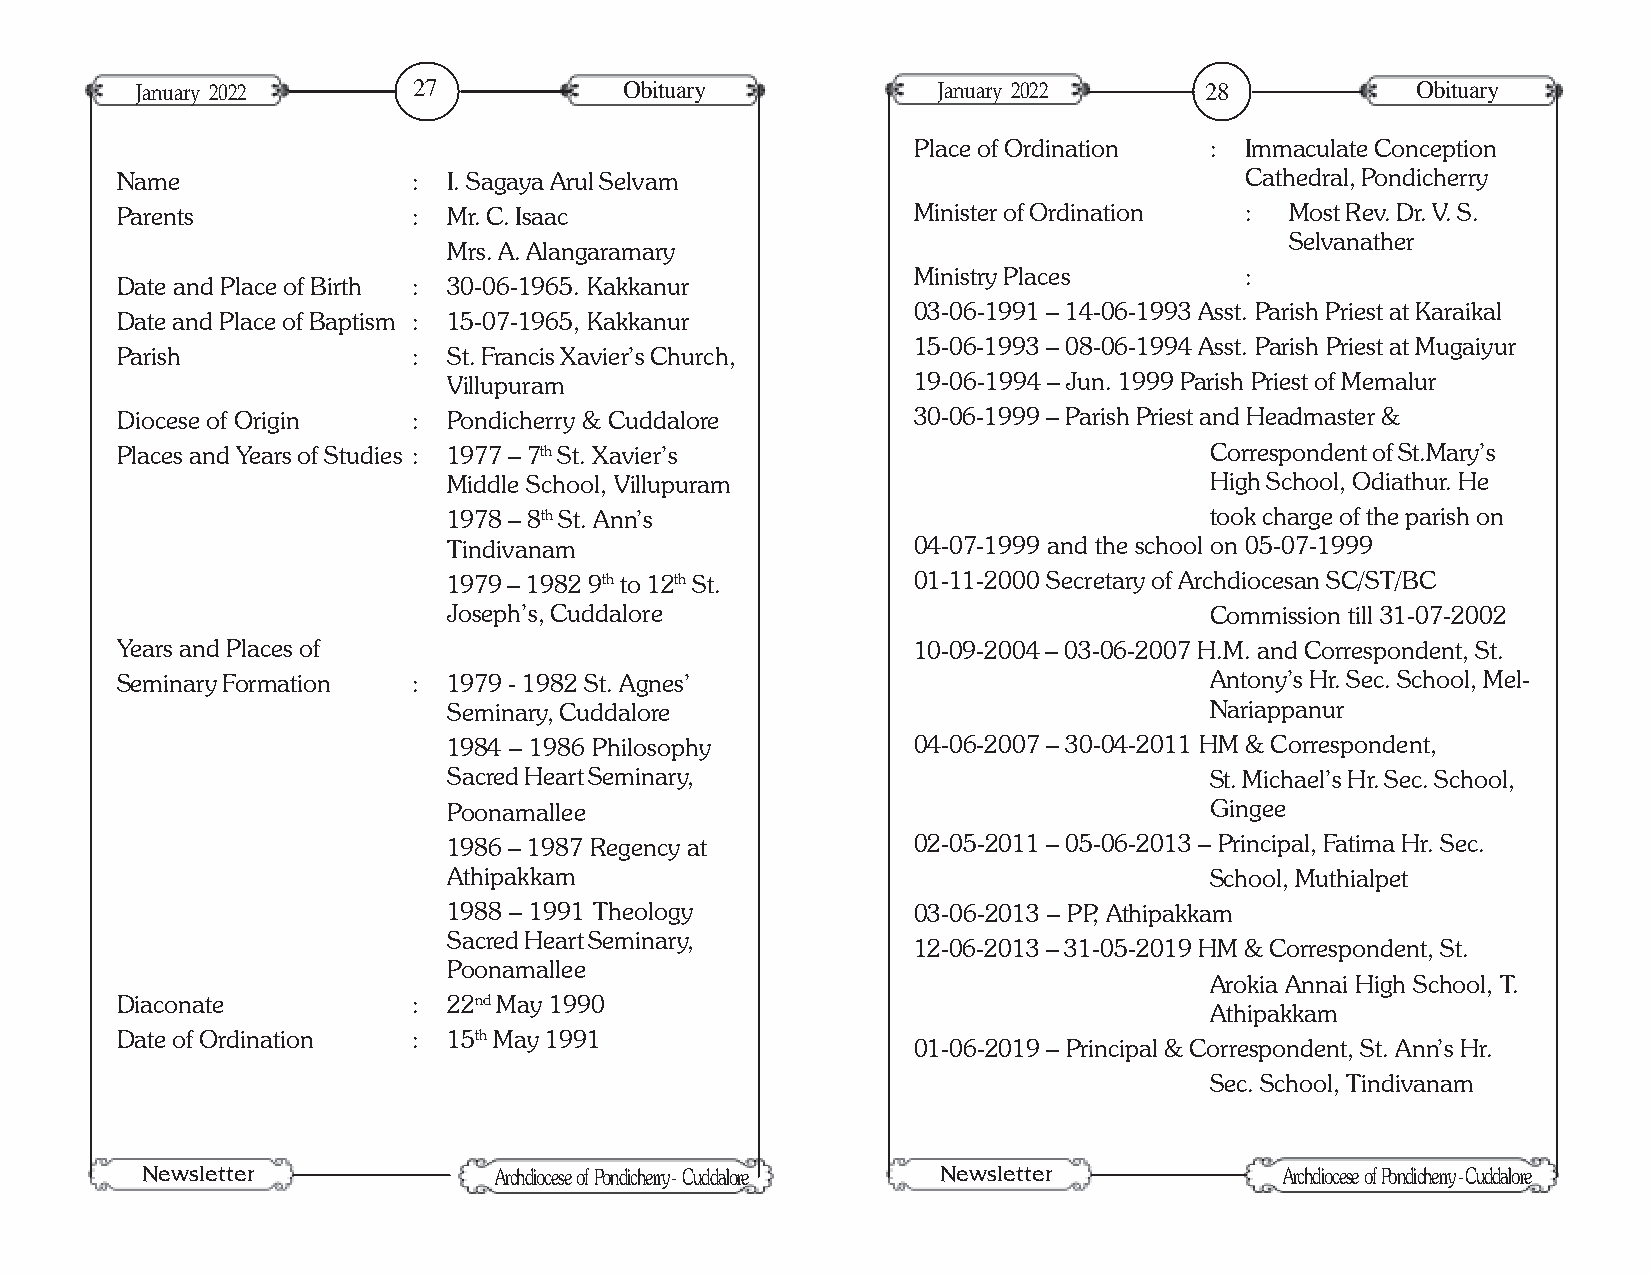
January 2022      27            Obituary             January 2022      28            Obituary
 Place of Ordination : Immaculate Conception
 Name               :  I. Sagaya Arul Selvam                               Cathedral, Pondicherry
 Parents            :  Mr. C. Isaac                  Minister of Ordination : Most Rev. Dr. V. S.
 Selvanather
 Mrs. A. Alangaramary
 Ministry Places       :
 Date and Place of Birth : 30-06-1965. Kakkanur
 03-06-1991 – 14-06-1993 Asst. Parish Priest at Karaikal
 Date and Place of Baptism : 15-07-1965, Kakkanur
 15-06-1993 – 08-06-1994 Asst. Parish Priest at Mugaiyur
 Parish             :  St. Francis Xavier’s Church,
 Villupuram                    19-06-1994 – Jun. 1999 Parish Priest of Memalur
 Diocese of Origin  :  Pondicherry & Cuddalore       30-06-1999 – Parish Priest and Headmaster &
 Places and Years of Studies : 1977 – 7th St. Xavier’s                   Correspondent of St.Mary’s
 Middle School, Villupuram                         High School, Odiathur. He
 1978 – 8th St. Ann’s                              took charge of the parish on
 Tindivanam                    04-07-1999 and the school on 05-07-1999
 1979 – 1982 9th to 12th St.   01-11-2000 Secretary of Archdiocesan SC/ST/BC
 Joseph’s, Cuddalore                               Commission till 31-07-2002
 Years and Places of                                 10-09-2004 – 03-06-2007 H.M. and Correspondent, St.
 Seminary Formation :  1979 - 1982 St. Agnes’                            Antony’s Hr. Sec. School, Mel-
 Seminary, Cuddalore                               Nariappanur
 1984 – 1986 Philosophy        04-06-2007 – 30-04-2011 HM & Correspondent,
 Sacred Heart Seminary,                            St. Michael’s Hr. Sec. School,
 Poonamallee                                       Gingee
 1986 – 1987 Regency at        02-05-2011 – 05-06-2013 – Principal, Fatima Hr. Sec.
 Athipakkam                                        School, Muthialpet
 1988 – 1991 Theology          03-06-2013 – PP, Athipakkam
 Sacred Heart Seminary,
 12-06-2013 – 31-05-2019 HM & Correspondent, St.
 Poonamallee
 Arokia Annai High School, T.
 Diaconate          :  22nd May 1990
 Athipakkam
 Date of Ordination :  15th May 1991
 01-06-2019 – Principal & Correspondent, St. Ann’s Hr.
 Sec. School, Tindivanam
 Newsletter                                           Newsletter
 Archdiocese of Pondicherry - Cuddalore              Archdiocese of Pondicherry - Cuddalore